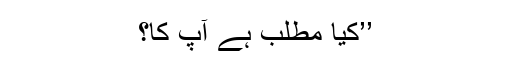
’’کیا مطلب ہے آپ کا؟